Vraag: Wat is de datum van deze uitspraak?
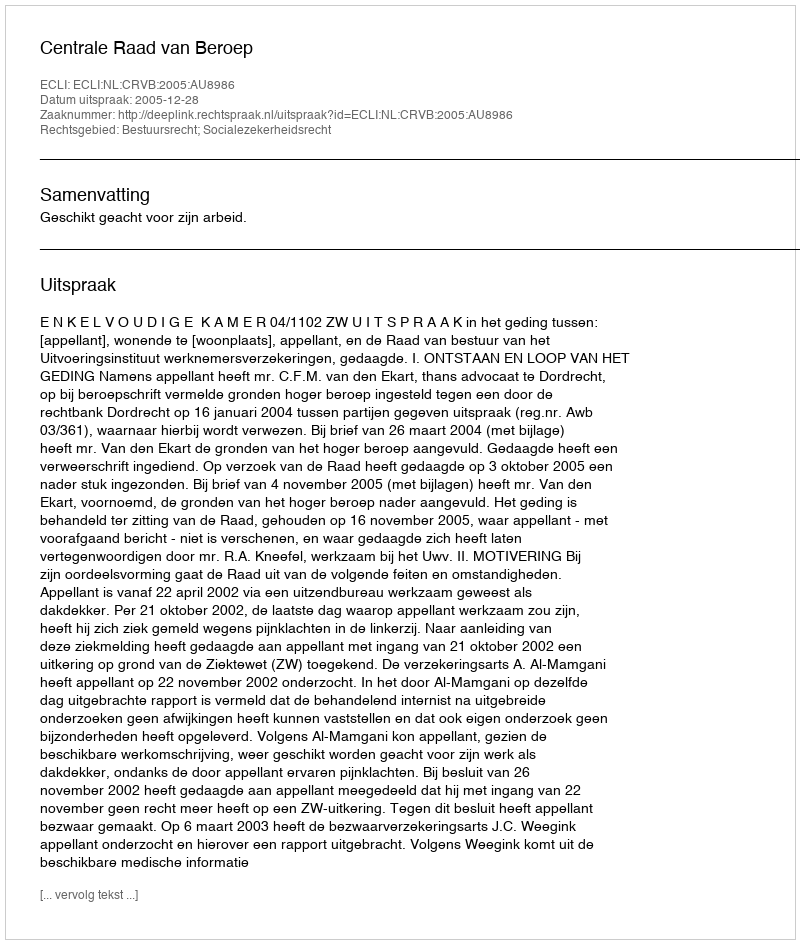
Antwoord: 2005-12-28